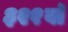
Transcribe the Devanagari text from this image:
३२१वॉ